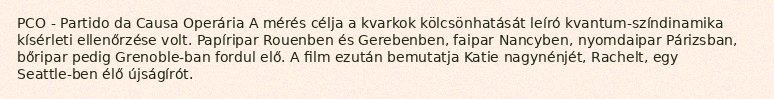
PCO - Partido da Causa Operária A mérés célja a kvarkok kölcsönhatását leíró kvantum-színdinamika kísérleti ellenőrzése volt. Papíripar Rouenben és Gerebenben, faipar Nancyben, nyomdaipar Párizsban, bőripar pedig Grenoble-ban fordul elő. A film ezután bemutatja Katie nagynénjét, Rachelt, egy Seattle-ben élő újságírót.